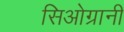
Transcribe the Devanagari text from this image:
सिओग्रानी